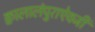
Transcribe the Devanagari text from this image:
क्वालालंपुराऐवजी